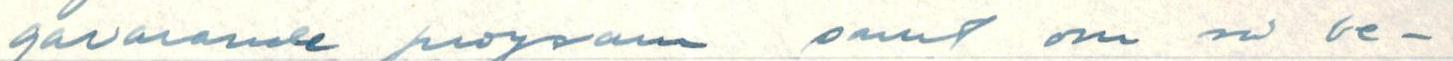
gavarande program samt om så be-